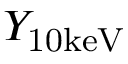
Y _ { \mathrm { 1 0 k e V } }